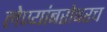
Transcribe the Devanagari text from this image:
लेण्यांबरोबरच